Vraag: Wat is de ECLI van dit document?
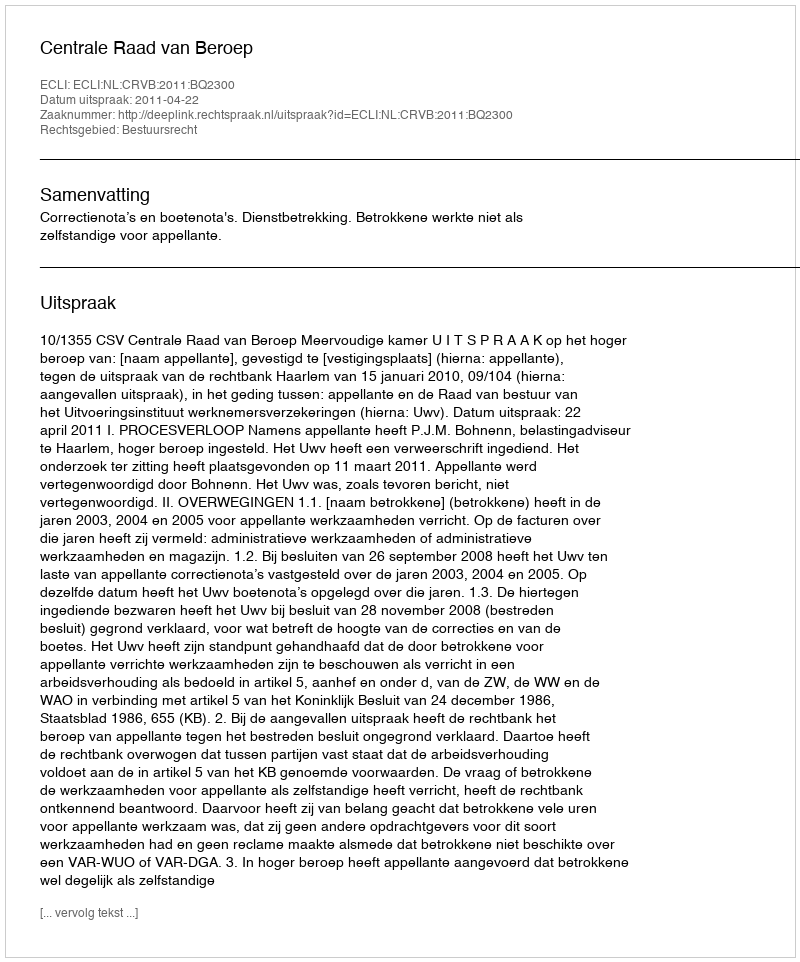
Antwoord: ECLI:NL:CRVB:2011:BQ2300